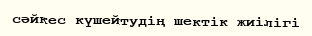
сәйкес күшейтудің шектік жиілігі